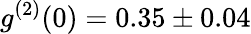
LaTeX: g^{(2)}(0)=0.35\pm 0.04